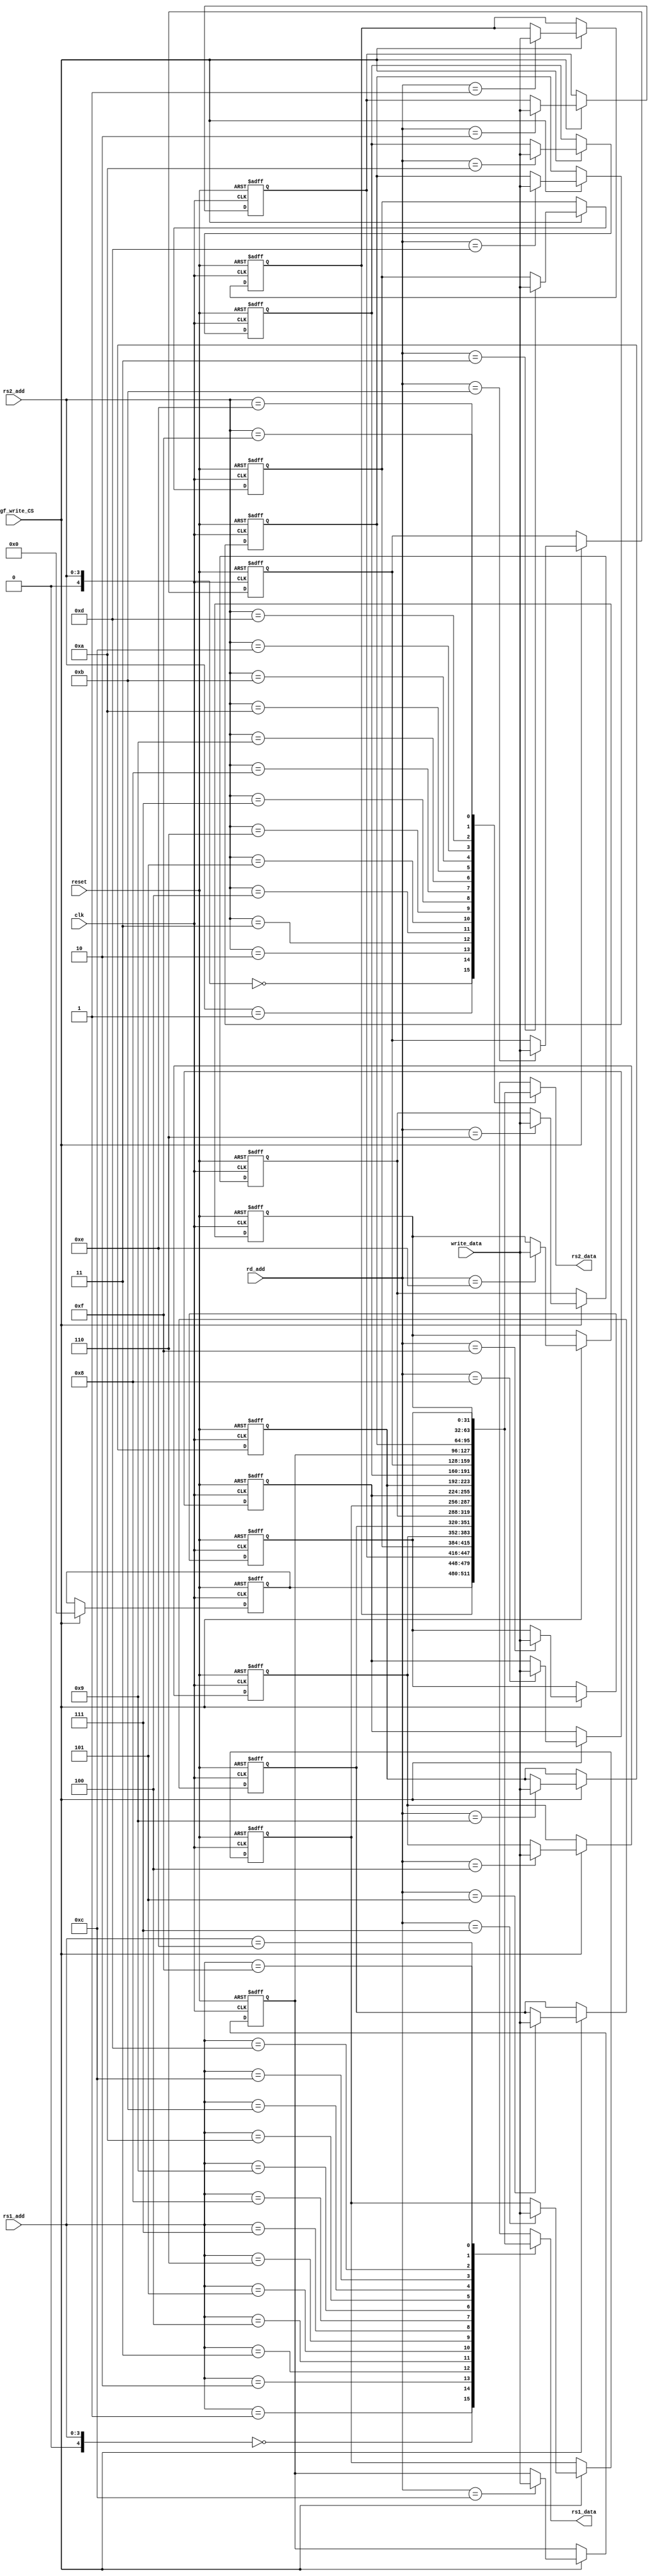
`timescale 1ns / 1ps
//////////////////////////////////////////////////////////////////////////////////
// Company: 
// Engineer: 
// 
// Design Name: 
// Module Name: Reg File
// Project Name: 
// Target Devices: 
// Tool Versions: 
// Description: 
// 
// Dependencies: 
// 
// Revision:
// Revision 0.01 - File Created
// Additional Comments:
// 
//////////////////////////////////////////////////////////////////////////////////


module RegFile(
input clk,
input reset,
input [3:0] rs1_add,
input [3:0] rs2_add,
input [3:0] rd_add,
input regf_write_CS,
input [31:0] write_data,
output [31:0] rs1_data,
output [31:0] rs2_data
    );
    
    integer i;
    reg [31:0] Registers [31:0];
    
    //Read Data
    assign rs1_data = Registers[rs1_add];
    assign rs2_data = Registers[rs2_add];
        
    // Write Data
    always @(posedge clk,posedge reset)
    begin
        if(reset)
        begin
            for(i=0;i<32;i=i+1)
                Registers[i] <= 32'b0;
        end
        else if(regf_write_CS)
        begin
            Registers[rd_add] <= write_data;
            Registers[0] <= 32'b0;
        end
        else begin
            for(i=0;i<32;i=i+1)
                Registers[i] <= Registers[i];
        end
    end
    
endmodule